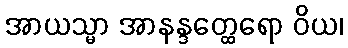
အာယသ္မာ အာနန္ဒတ္ထေရော ဝိယ၊